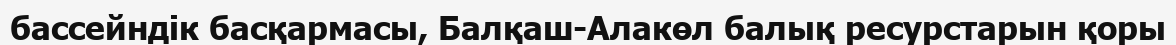
бассейндік басқармасы, Балқаш-Алакөл балық ресурстарын қоры